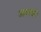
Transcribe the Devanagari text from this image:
आकांक्षेने